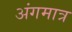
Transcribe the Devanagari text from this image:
अंगमात्र